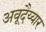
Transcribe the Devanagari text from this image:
अवूदैय्यार